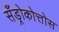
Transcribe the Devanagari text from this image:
सँड्रोकोत्तोस